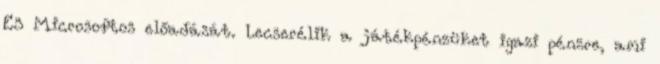
E3 Microsoftos előadását. Lecserélik a játékpénzüket igazi pénzre, ami